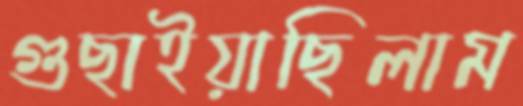
গুছাইয়াছিলাম